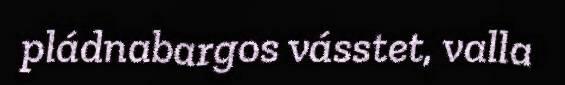
pládnabargos vásstet, valla